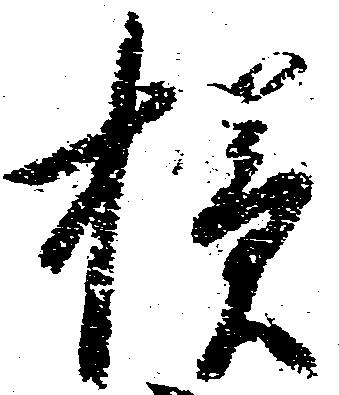
様